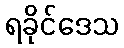
ရခိုင်ဒေသ